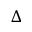
\Delta